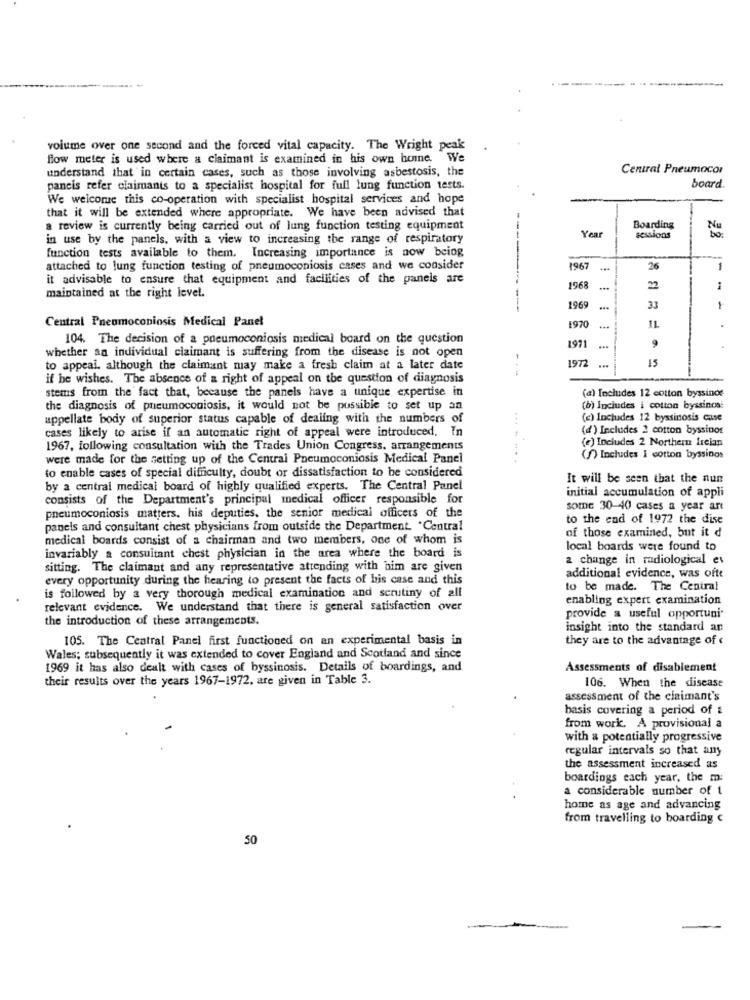
volume over one second and the forced vital capacity. The Wright peak
flow meter is used where a claimant is examined in his own home. We
understand that in certain cases, such as those involving asbestosis, the
Central Pneumoco
pancis refer claimants to a specialist hospital for full lung function tests.
board
We welcome this co-operation with specialist hospital services and hope
that it will be extended where appropriate. We have been advised that
a review is currently being carried out of lung function testing equipment
Boarding
Nu
in use by the panels. with a view to increasing the range of respiratory
Year
sessions
function tests available to them. Increasing importance is now being
attached to lung function testing of pneumoconiosis cases and we consider
1967
26
-
it advisable to ensure that equipment and facilities of the panels are
------
1968
22
1
maintained at the right level.
1969
33
1
Central Pneumoconiosis Medical Panel
1970
IL
104. The decision of a pneumoconiosis medical board on the question
1971
,
whether an individual claimant is suffering from the disease is not open
1972
15
to appeal. although the claimant may make a fresh claim at a later date
---
if be wishes. The absence of a right of appeal on the question of diagnosis
stems from the fact that, because the panels have a unique expertise in
(a) Includes 12 cotton byssinoe
the diagnosis of pneumoconiosis, it would not be possible to set up an
(b) Includes i cotton byssinosi
appellate body of superior status capable of dealing with the numbers of
(c) Includes 12 byssinosis cuse
cases likely to arise if an automatic right of appeal were introduced. In
(d) Includes 2 cotton byssinos
(e) Includes 2 Northern Irelan
1967, following consultation with the Trades Union Congress. arrangements
were made for the setting up of the Central Pneumoconiosis Medical Panel
------
(f) Includes I cotton byssings
to enable cases of special difficulty, doubt or dissatisfaction to be considered
It will be seen that the nun
by a central medical board of highly qualified experts. The Central Panel
consists of the Department's principal medical officer responsible for
initial accumulation of appli
pneumoconiosis matters, his deputies. the senior medical officers of the
some 30-40 cases a year art
to the end of 1972 the dise
panels and consultant chest physicians from outside the Department. "Central
of those examined, but it d
medical boards consist of a chairman and two members, one of whom is
local boards were found to
invariably a consultant chest physician in the area where the board is
2 change in radiological ev
sitting. The claimant and any representative attending with him are given
every opportunity during the hearing to present the facts of bis case and this
additional evidence, was ofte
to be made. The Central
is followed by a very thorough medical examination and scrutiny of all
enabling expert examination
relevant evidence. We understand that there is general satisfaction over
the introduction of these arrangements.
provide a useful opportuni
insight into the standard an
105. The Central Panel first functioned on an experimental basis in
they are to the advantage of
Wales; subsequently it was extended to cover England and Scotland and since
1969 it has also dealt with cases of byssinosis. Details of boardings, and
Assessments of disablement
their results over the years 1967-1972, are given in Table 3.
106. When the disease
assessment of the claimant's
basis covering a period of &
from work. A provisional a
with a potentially progressive
regular intervals so that any
the assessment increased as
boardings each year, the m:
a considerable number of t
home as age and advancing
from travelling to boarding c
50